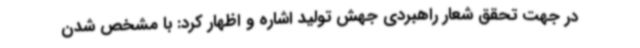
در جهت تحقق شعار راهبردی جهش تولید اشاره و اظهار کرد: با مشخص شدن